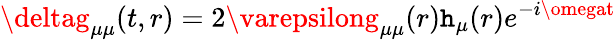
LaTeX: \deltag_{\mu\mu}(t,r)=2\varepsilong_{\mu\mu}(r)\mathtt{h}_{\mu}(r)e^{-i\omegat}